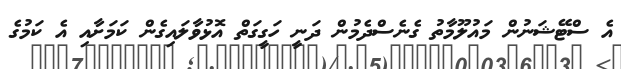
އެ ސްޓޭޝަނުން މައުލޫމާތު ގެނެސްދެމުން ދަނީ ހަގީގަތް އޮޅުވާލައިގެން ކަމަށާއި އެ ކަމުގެ